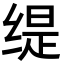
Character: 缇